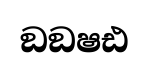
ඞඞෂඪ